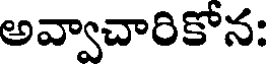
అవ్వాచారికోన: